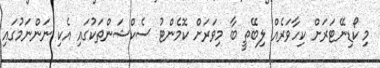
މި ކޯޑިނޭޓަރަށް ކިހާވަރެއް ލިބޭތީ ބާ މިވަރަށް ކޮމެންޓު ސެކްޝަންތަކުގައި އެކި ނަންނަމުގައި